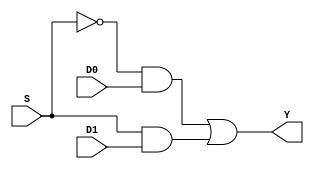
module mux2to1_nw (S,D0,D1,Y);
	input S, D0, D1;
	wire x1,x2,a;
	output Y;
	not N1(a,S);
	and A1(x1,a,D0);
	and A2(x2,S,D1);
	or  O1(Y,x1,x2);
endmodule